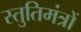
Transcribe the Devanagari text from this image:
स्तुतिमंत्रों